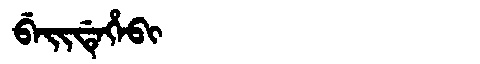
Manchu: ᠪᡝᡳᡩᡝᡥᡝᠪᡳ
Romanization: BEIDEHEBI